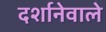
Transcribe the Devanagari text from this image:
दर्शानेवाले